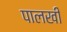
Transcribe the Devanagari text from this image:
पालखीं